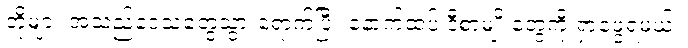
တို့များ အဲသည်ဒေသတွေသွားရောက်ပြီး နောက်ထပ် ဒီစာမျိုးတွေကို ရှာဖွေရမယ်။